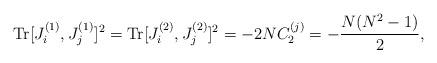
LaTeX: \begin{align*}{\rm Tr}[J^{(1)}_{i},J^{(1)}_{j}]^{2}={\rm Tr}[J^{(2)}_{i},J^{(2)}_{j}]^{2}=-2NC_{2}^{(j)}=-\frac{N(N^{2}-1)}{2},\end{align*}